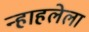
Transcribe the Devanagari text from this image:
न्हाहलेला